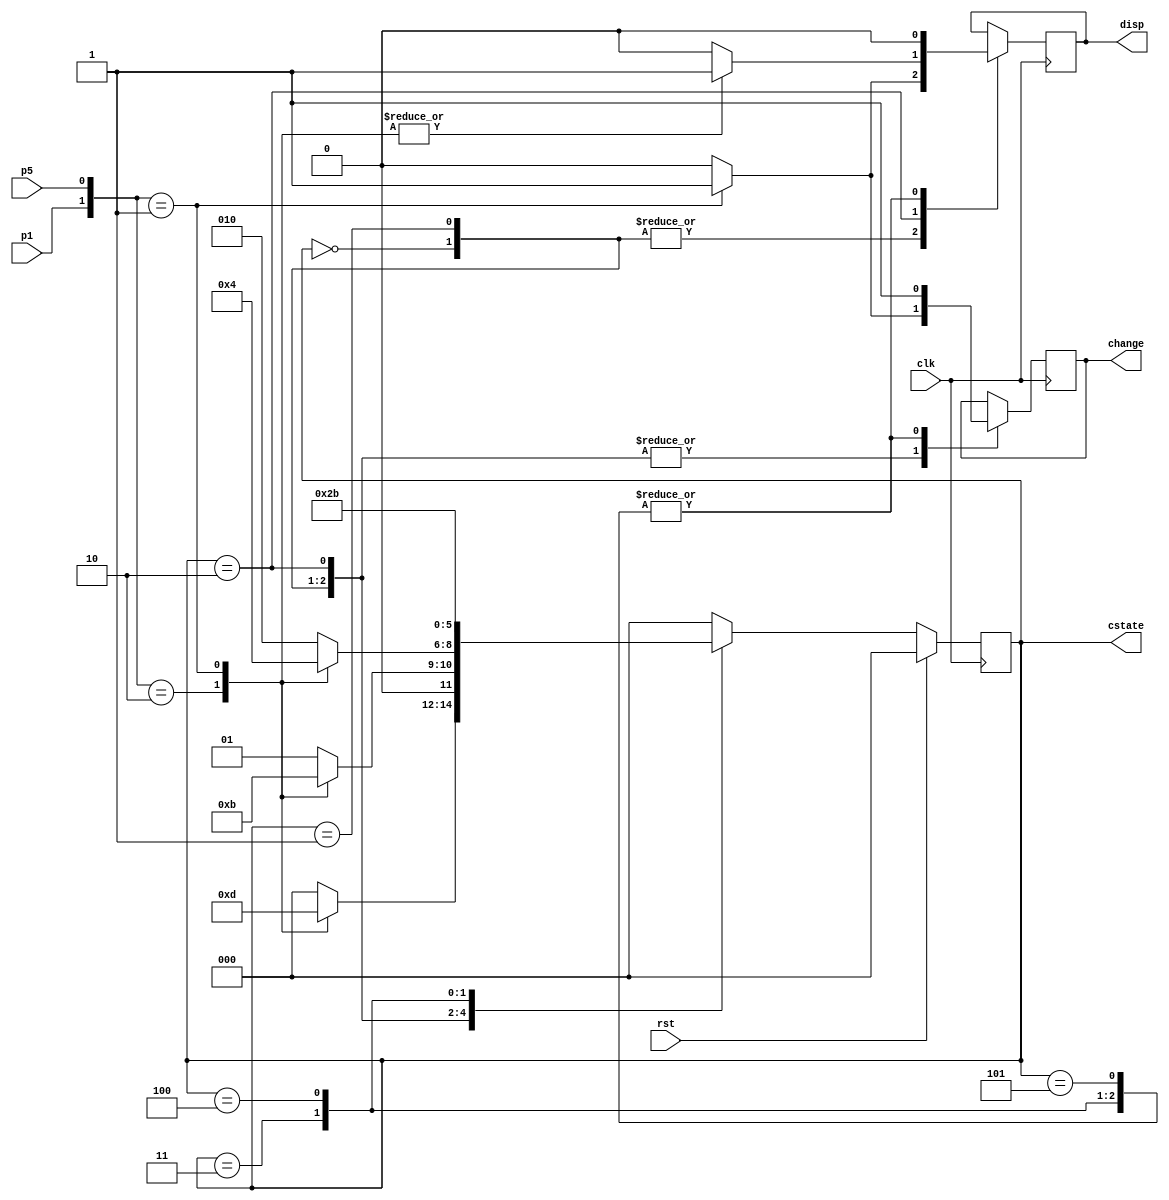
//***********************//
// 3p Vending Machine    //
// Jeph Mari M. Daligdig //
//								 //
//************************/

module vendo_3p (clk,
					rst,
					p1,
					p5,
					disp,
					change,
					cstate);					
	
input clk;
input rst;
input p1;
input p5;

output disp;
output change;
output [2:0] cstate;

wire rst;
wire clk;
wire p1;
wire p5;

reg disp;
reg change;
reg [2:0] cstate;
reg [2:0] nstate;

//State
parameter state_a = 3'b000;
parameter state_b = 3'b001;
parameter state_c = 3'b010;
parameter state_d = 3'b011;
parameter state_e = 3'b100;
parameter state_f = 3'b101;

//State Transition
always @(posedge clk)
		begin
			if (rst)
				cstate <= 3'b000;
			else
				cstate <= nstate;
		end

//Next State statement		
always @(*)
	begin
		case (cstate)
			state_a:
				case({p1,p5})
					2'b10: 	nstate <= state_b;
					2'b01: 	nstate <= state_f;
					default: nstate <= state_a;
				endcase
			state_b:
				case({p1,p5})
					2'b10:	nstate <= state_c;
					2'b01:	nstate <= state_d;
					default:	nstate <= state_b;
				endcase
			state_c:
				case ({p1,p5})
					2'b10:	nstate <= state_a;
					2'b01:	nstate <= state_e;
					default:	nstate <= state_c;
				endcase
			state_d: 		nstate <= state_f;
			state_e: 		nstate <= state_d;
			state_f: 		nstate <= state_a;
			default: nstate <= state_a;
		endcase
	end
//Output Assignment
always @ (posedge clk)
	begin
		case (cstate)
			state_a:
				case({p1,p5})
					2'b01:	begin disp <= 1'b1; change <= 1'b1; end
					2'b10:	begin disp <= 1'b0; change <= 1'b0; end
					default: begin disp <= 1'b0; change <= 1'b0; end
				endcase
			state_b:
				case({p1,p5})
					2'b01:	begin disp <= 1'b1; change <= 1'b1; end
					2'b10:	begin disp <= 1'b0; change <= 1'b0; end
					default: begin disp <= 1'b0; change <= 1'b0; end	
				endcase
			state_c:
				case({p1,p5})
					2'b01:	begin disp <= 1'b1; change <= 1'b1; end
					2'b10:	begin disp <= 1'b1; change <= 1'b0; end
					default	begin disp <= 1'b0; change <= 1'b0; end
				endcase
			state_d:
				begin disp <= 1'b0; change <= 1'b1; end 
			state_e:
				begin disp <= 1'b0; change <= 1'b1; end
			state_f:
				begin disp <= 1'b0; change <= 1'b1; end
		endcase
	end
endmodule